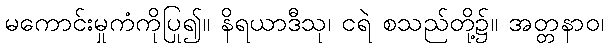
မကောင်းမှုကံကိုပြု၍။ နိရယာဒီသု၊ ငရဲ စသည်တို့၌။ အတ္တနာဝ၊